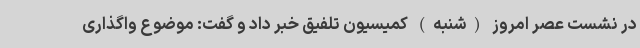
در نشست عصر امروز (شنبه) کمیسیون تلفیق خبر داد و گفت: موضوع واگذاری